Annual administration report of the Civil Veterinary Department of India - 1910-1911
Year: 1910
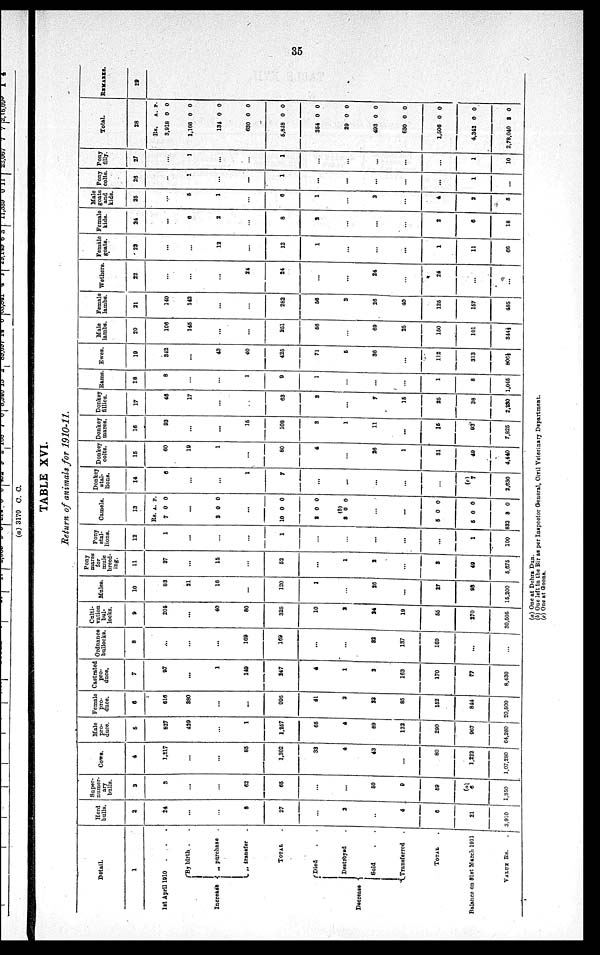
35
TABLE XVI.
Return of animals for 1910-11.
Detail.
1
1st April 1910
. . .
Increase
By
birth . .
„ purchase
„
transter
.
TOTAL .
Decrease
Died . .
Destroyed .
Sold . .
Transferred .
TOTAL .
Balance on 31st March 1911
VALUE Rs.
Herd
bulls.
2
24
...
...
8
27
...
2
..
4
6
21
3,910
Super-
numer-
ary
bulls.
3
3
...
...
62
65
...
...
50
9
59
(a)
6
1,850
Cows.
4
1,217
...
...
85
1,302
33
4
43
...
80
1,222
1,07,280
Male
pro-
duce.
5
827
429
...
1
1,257
65
4
89
132
290
967
64,260
Female
pro-
duce.
6
616
380
...
...
996
41
3
23
85
152
844
20,500
Castrated
pro-
duce.
7
97
...
1
149
247
4
1
2
163
170
77
8,430
Ordnance
bullocks.
8
...
...
...
169
169
...
...
32
137
169
...
...
Culti-
vation
bul-
locks.
9
205
...
40
80
325
10
2
24
19
55
270
30,505
Mules.
10
83
21
16
...
120
1
...
26
...
27
93
15,200
Pony
mares
for
mule
breed-
ing.
11
37
...
15
...
52
...
1
2
...
3
49
5,675
Pony
stal-
lions.
12
1
...
...
...
1
...
...
...
...
1
100
Camels.
13
Rs.
7
3
...
10
2
3
...
...
5
5
832
A.
0
...
0
0
0
(b)
0
0
0
8
P.
0
0
0
0
0
0
0
0
Donkeystal-
lions
14
6
...
...
1
7
...
...
...
...
...
(c)
7
2,630
Donkey
colts.
15
60
19
1
...
80
4
...
26
1
31
49
4,440
Donkey
mares.
16
93
...
...
15
108
3
1
11
...
15
93
7,825
Donkey
fillies.
17
46
17
...
...
63
3
...
7
15
25
38
2,230
Rams
18
8
...
...
1
9
1
...
...
...
1
8
1,045
Ewes.
19
342
...
43
40
425
71
5
36
...
112
313
806½
Male
lambs.
20
106
145
...
...
251
56
...
69
25
150
101
844½
Female
lambs.
21
140
142
...
...
282
56
3
26
40
125
157
485
Wethers.
22
...
...
...
24
24
...
...
24
...
24
...
...
Female
goats.
23
...
...
12
...
12
1
...
...
...
1
11
66
Female
kids.
24
...
6
2
...
8
2
...
...
...
2
6
18
Male
goats
and
kids.
25
...
5
1
...
6
1
...
3
...
4
2
8
Pony
colts.
26
...
1
...
...
1
...
...
...
...
...
1
...
Pony
filly.
27
...
1
...
...
1
...
...
...
...
...
1
10
Total.
28
Rs.
3,918
1,166
134
630
5,848
354
29
493
630
1,506
4,342
2,78,040
A.
0
0
0
0
0
0
0
0
0
0
0
8
P.
0
0
0
0
0
0
0
0
0
0
0
0
REMARKS.
29
(a) One at Dehra Dun.
(b) One left in the Bir as per Inspector General, Civil Veterinary Department.
(c) One at Goona.